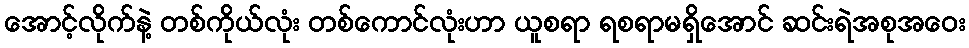
အောင့်လိုက်နဲ့ တစ်ကိုယ်လုံး တစ်ကောင်လုံးဟာ ယူစရာ ရစရာမရှိအောင် ဆင်းရဲအစုအဝေး